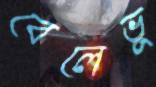
বেলেভু